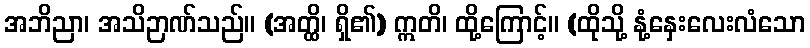
အဘိညာ၊ အသိဉာဏ်သည်။ (အတ္ထိ၊ ရှိ၏) ဣတိ၊ ထို့ကြောင့်။ (ထိုသို့ နုံ့နှေးလေးလံသော